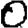
Digit: 0